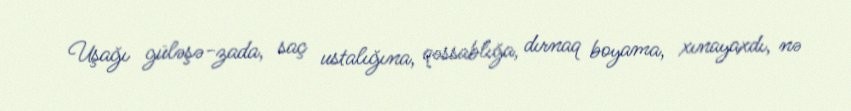
Uşağı güləşə-zada, saç ustalığına, qəssablığa, dırnaq boyama, xınayaxdı, nə